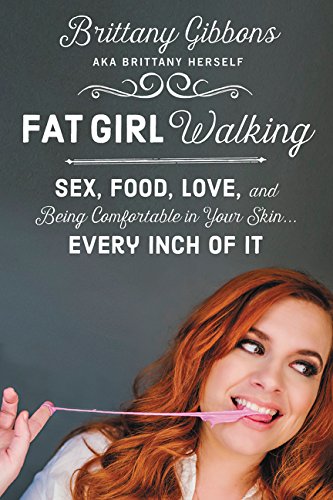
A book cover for Fat Girl Walking: Sex, Food, Love, and Being Comfortable in Your Skin...Every Inch of It; Brittany Gibbons; Humor & Entertainment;